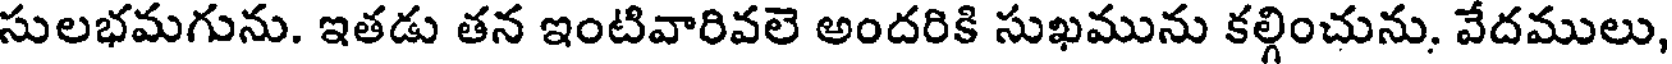
సులభమగును. ఇతడు తన ఇంటివారివలె అందరికి సుఖమును కల్గించును, వేదములు,